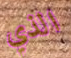
الذي